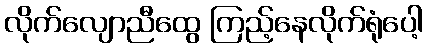
လိုက်လျောညီထွေ ကြည့်နေလိုက်ရုံပေါ့